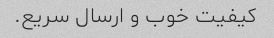
کیفیت خوب و ارسال سریع.